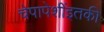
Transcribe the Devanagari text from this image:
चेपापेशींइतकी